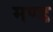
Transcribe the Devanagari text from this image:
मण्ड